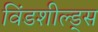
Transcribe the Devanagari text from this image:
विंडशील्ड्स